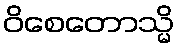
ဝိစေတောသ္မိ